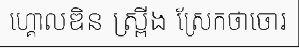
ហ្គោលឌិន ស្ព្រីង ស្រែកថាចោរ